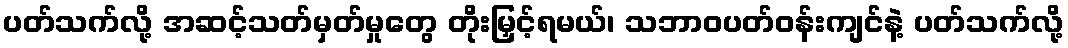
ပတ်သက်လို့ အဆင့်သတ်မှတ်မှုတွေ တိုးမြှင့်ရမယ်၊ သဘာဝပတ်ဝန်းကျင်နဲ့ ပတ်သက်လို့